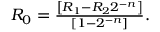
\begin{array} { r } { R _ { 0 } = \frac { \left[ R _ { 1 } - R _ { 2 } 2 ^ { - n } \right] } { \left[ 1 - 2 ^ { - n } \right] } . } \end{array}